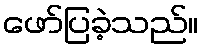
ဖော်ပြခဲ့သည်။